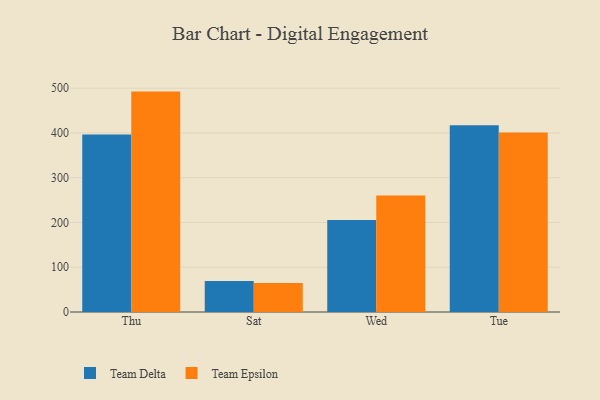
{"axis": {"x": "Day", "y": "Bounce Rate (%)"}, "legend": ["Team Delta", "Team Epsilon"], "data": [{"x": "Thu", "y": 396.2, "type": "Team Delta"}, {"x": "Thu", "y": 492.3, "type": "Team Epsilon"}, {"x": "Sat", "y": 69.1, "type": "Team Delta"}, {"x": "Sat", "y": 64.7, "type": "Team Epsilon"}, {"x": "Wed", "y": 205.5, "type": "Team Delta"}, {"x": "Wed", "y": 260.1, "type": "Team Epsilon"}, {"x": "Tue", "y": 417.1, "type": "Team Delta"}, {"x": "Tue", "y": 401.0, "type": "Team Epsilon"}]}